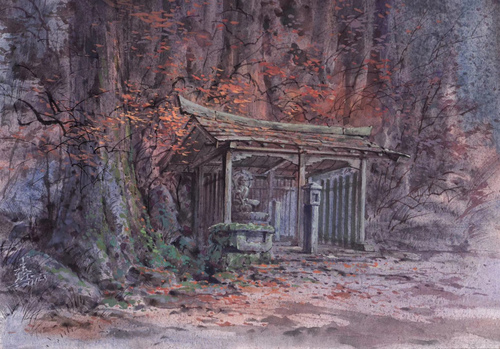
红叶晚萧萧，长亭酒一瓢。